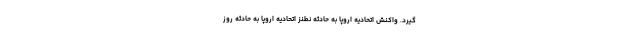
گیرد. واکنش اتحادیه اروپا به حادثه نطنز اتحادیه اروپا به حادثه روز